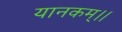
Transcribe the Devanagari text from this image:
यानकम्।।